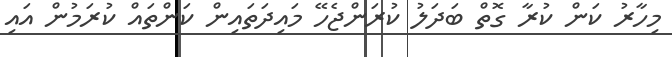
މިހާރު ކަން ކުރާ ގޮތް ބަދަލު ކުރަންޖެހޭ މައިދަތައިން ކަންތައް ކުރަމުން އައި